Indian journal of veterinary science and animal husbandry - Volume 3,
Year: 1933
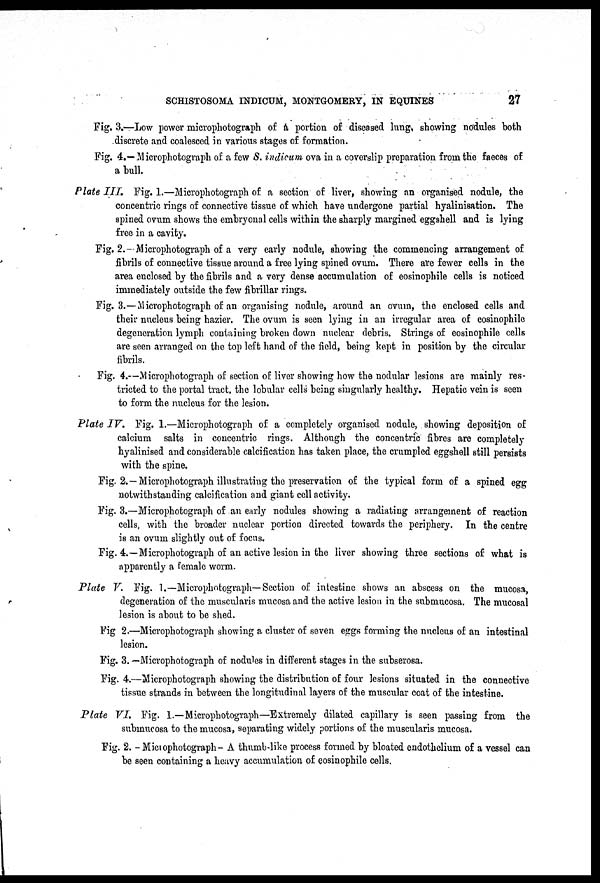
SCHISTOSOMA INDICUM, MONTGOMERY, IN EQUINES
27
Fig. 3.—Low power microphotograph of a portion of diseased lung showing nodules both
discrete and coalesced in various stages of formation.
Fig. 4.—Microphotograph of a few S. indicum ova in a coverslip preparation from the faeces of
a bull.
Plate III.
Fig. 1.—Microphotograph of a section of liver, showing an organised nodule, the
concentric rings of connective tissue of which have undergone partial hyalinisation. The
spined ovum shows the embryonal cells within the sharply margined eggshell and is lying
free in a cavity.
Fig. 2.—Microphotograph of a very early nodule, showing the commencing arrangement of
fibrils of connective tissue around a free lying spined ovum. There are fewer cells in the
area enclosed by the fibrils and a very dense accumulation of eosinophile cells is noticed
immediately outside the few fibrillar rings.
Fig. 3.—Microphotograph of an organising nodule, around an ovum, the enclosed cells and
their nucleus being hazier. The ovum is seen lying in an irregular area of eosinophile
degeneration lymph containing broken down nuclear debris. Strings of eosinophile cells
are seen arranged on the top left hand of the field, being kept in position by the circular
fibrils.
Fig. 4.—Microphotograph of section of liver showing how the nodular lesions are mainly res-
tricted to the portal tract, the lobular cells' being singularly healthy. Hepatic vein is seen
to form the nucleus for the lesion.
Plate IV. Fig. 1.—Microphotograph of a completely organised nodule, showing deposition of
calcium salts in concentric rings. Although the concentric fibres are completely
hyalinised and considerable calcification has taken place, the crumpled eggshell still persists
with the spine.
Fig. 2. —Microphotograph illustrating the preservation of the typical form of a spined egg
notwithstanding calcification and giant cell activity.
Fig. 3.—Microphotograph of an early nodules showing a radiating arrangement of reaction
cells, with the broader nuclear portion directed towards the periphery. In the centre
is an ovum slightly out of focus.
Fig. 4.—Microphotograph of an active lesion in the liver showing three sections of what is
apparently a female worm.
Plate V. Fig. 1.—Microphotograph—Section of intestine shows an abscess on the mucosa,
degeneration of the muscularis mucosa and the active lesion in the submucosa. The mucosal
lesion is about to be shed.
Fig 2.—Microphotograph showing a cluster of seven eggs forming the nucleus of an intestinal
lesion.
Fig. 3. —Microphotograph of nodules in different stages in the subserosa.
Fig. 4.—Microphotograph showing the distribution of four lesions situated in the connective
tissue strands in between the longitudinal layers of the muscular coat of the intestine.
Plate VI. Fig. 1.—Microphotograph—Extremely dilated capillary is seen passing from the
submucosa to the mucosa, separating widely portions of the muscularis mucosa.
Fig. 2. -Microphotograph- A thumb-like process formed by bloated endothelium of a vessel can
be seen containing a heavy accumulation of eosinophile cells.